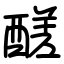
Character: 醝